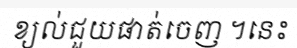
ខ្យល់ជួយផាត់ចេញ ។នេះ